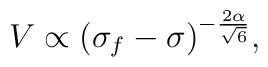
{V\propto (\sigma_f-\sigma)^{-\frac{2\alpha}{\sqrt{6}}},}